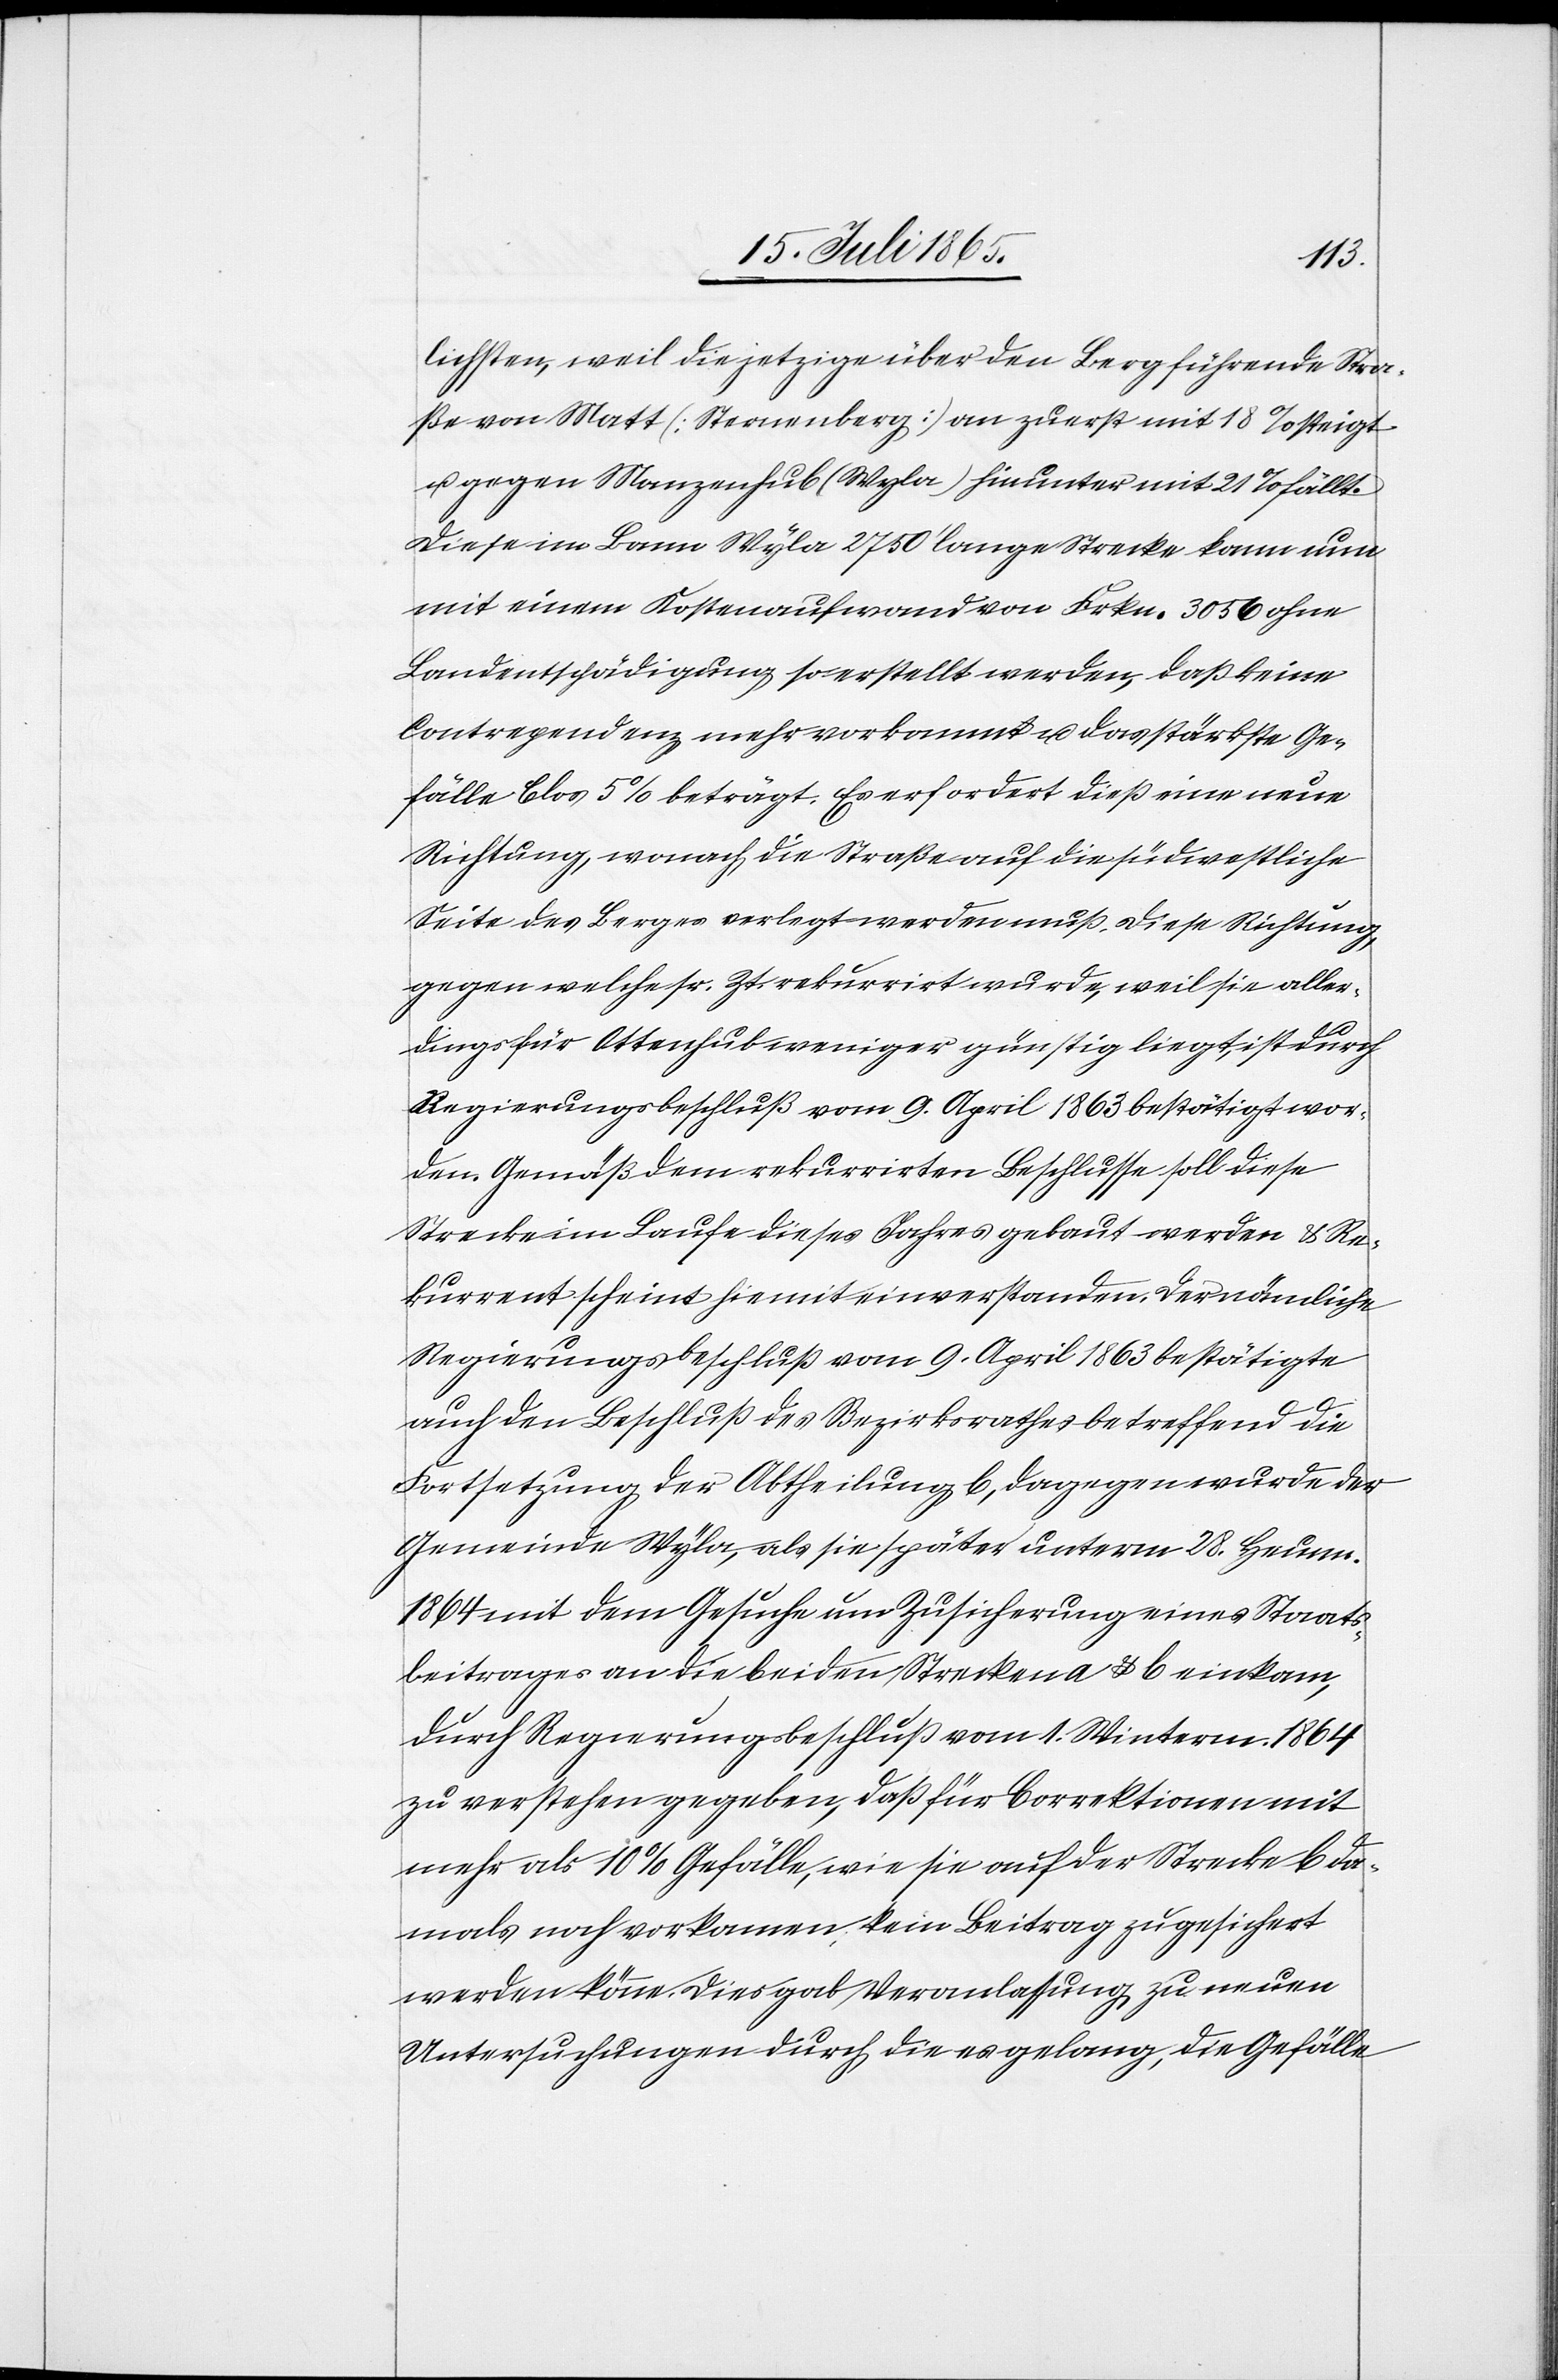
lichsten, weil die jetzige über den Berg führende Stra¬
ße von Matt [Sternenberg] an zuerst mit 18 % steigt
u. gegen Manzenhub (Wyla) hinunter mit 21 % fällt.
Diese im Bann Wyla 2750’ lange Strecke kann nun
mit einem Kostenaufwand von Frkn. 3056 ohne
Landentschädigung so erstellt werden, daß keine
Contrependenz mehr vorkommt u. das stärkste Ge¬
fälle blos 5 % beträgt. Es erfordert dieß eine neue
Richtung, wonach die Straße auf die südwestliche
Seite des Berges verlegt werden muß. Diese Richtung
gegen welche sr. Zeit rekurrirt wurde, weil sie aller¬
dings für Ottenhub weniger günstig liegt, ist durch
Regierungsbeschluß vom 9. April 1863 bestätigt wor¬
den. Gemäß dem rekurrirten Beschlusse soll diese
Strecke im Laufe dieses Jahres gebaut werden u. Re¬
kurrent scheint hie mit einverstanden. Der nämliche
Regierungsbeschluß vom 9. April 1863 bestätigte
auch den Beschluß des Bezirksrathes betreffend die
Fortsetzung der Abtheilung b, dagegen wurde der
Gemeinde Wyla, als sie später unterm 28. Heum.
1864 mit dem Gesuche um Zusicherung eines Staats¬
beitrages an die beiden Strecken a u. b einkam,
durch Regierungsbeschluß vom 1. Winterm. 1864
zu verstehen gegeben, daß für Correktionen mit
mehr als 10 % Gefälle, wie sie auf der Strecke b da¬
mals noch vorkamen, kein Beitrag zugesichert
werden könne. Dies gab Veranlassung zu neuen
Untersuchungen durch die es gelang, die Gefälle